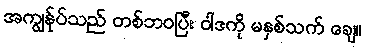
အကျွန်ုပ်သည် တစ်ဘဝပြီး ဝါဒကို မနှစ်သက် ချေ။